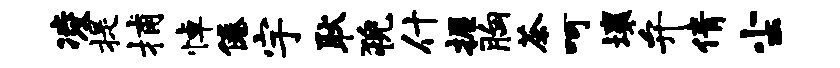
凌提捕悼倦宇耿猊什握胸茶呵壤弁倩尘